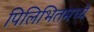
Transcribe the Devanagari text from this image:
पिलिभितमध्ये